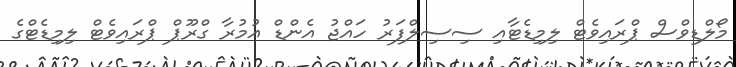
މޯލްޑިވްސް ޕްރައިވެޓް ލިމިޑެޓާއި ސިސިލްފަރު ހައްޖު އެންޑް އުމުރާ ގްރޫޕް ޕްރައިވެޓް ލިމިޑެޓްގެ